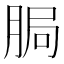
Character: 䏱